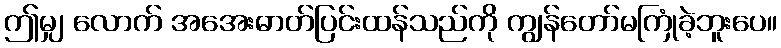
ဤမျှ လောက် အအေးဓာတ်ပြင်းထန်သည်ကို ကျွန်တော်မကြုံခဲ့ဘူးပေ။